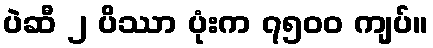
ပဲဆီ ၂ ပိဿာ ပုံးက ၇၅၀၀ ကျပ်။